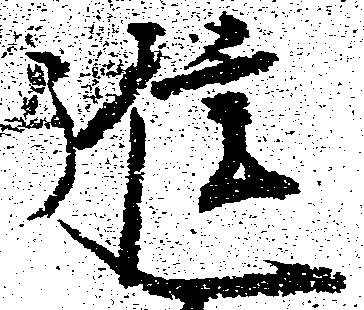
進